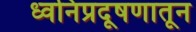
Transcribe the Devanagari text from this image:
ध्वनिप्रदूषणातून